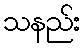
သနည်း